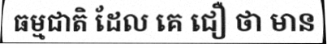
ធម្មជាតិ ដែល គេ ជឿ ថា មាន